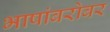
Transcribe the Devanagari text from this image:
भाषांबरोबर